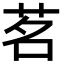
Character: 茗